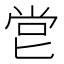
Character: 𠤠